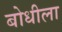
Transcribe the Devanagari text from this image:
बोधीला